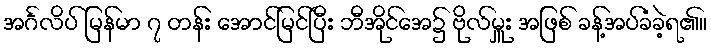
အင်္ဂလိပ် မြန်မာ ၇ တန်း အောင်မြင်ပြီး ဘီအိုင်အေ၌ ဗိုလ်မှူး အဖြစ် ခန့်အပ်ခံခဲ့ရ၏။